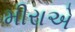
મીરાએ